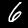
Digit: 6